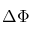
\Delta \Phi